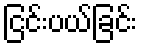
ငြင်းပယ်ခြင်း